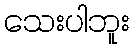
သေးပါဘူး